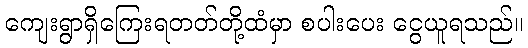
ကျေးရွာရှိကြေးရတတ်တို့ထံမှာ စပါးပေး ငွေယူရသည်။